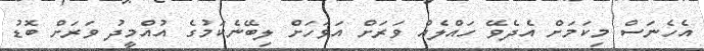
އެހެނަސް މިކަމަށް އެދެވޭ ހައްލެއް ވަރަށް އަވަހަށް ލިބޭނެކަމުގެ އުއްމީދު ވަރަށް ބޮޑު